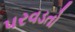
પરવડતો